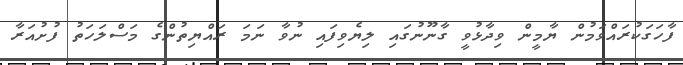
ފާހަގަކުރައްވަމުން ޔާމީން ވިދާޅުވީ ގާނޫނުގައި ލިޔެވިފައި ނުވާ ނަމަ ރައްޔިތުންގެ މަސްލަހަތު ފުށުއަރާ